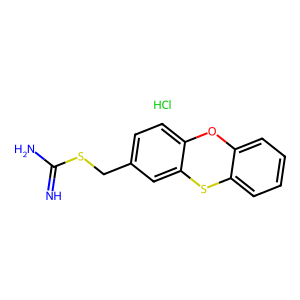
SMILES: Cl.N=C(N)SCc1ccc2c(c1)Sc1ccccc1O2
Inhibits HIV replication: No